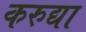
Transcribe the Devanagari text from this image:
करुद्या